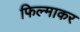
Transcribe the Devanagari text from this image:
फिल्माकर